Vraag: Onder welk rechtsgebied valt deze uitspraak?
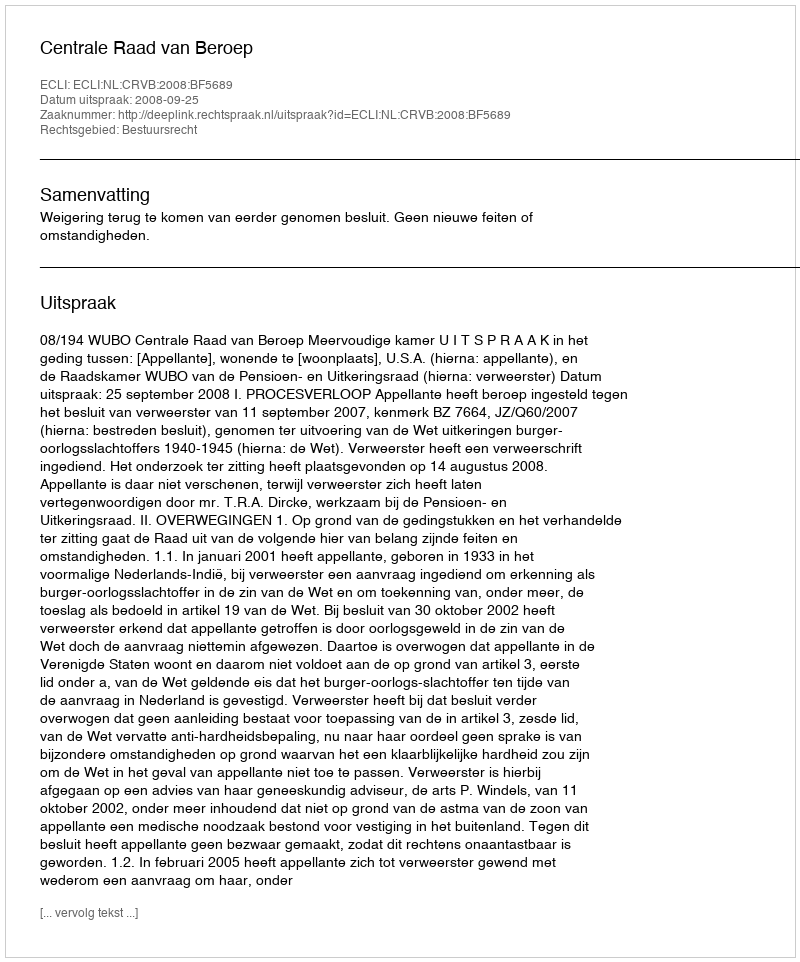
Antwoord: Bestuursrecht